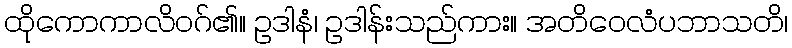
ထိုကောကာလိဝဂ်၏။ ဥဒါနံ၊ ဥဒါန်းသည်ကား။ အတိဝေလံပဘာသတိ၊